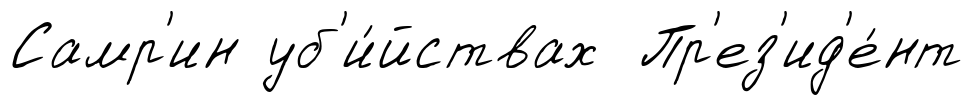
Самр'ин уб'и́йствах Пр'ез'ид'е́нт